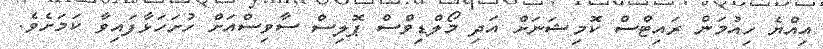
އިއްޔެ ހިއުމަން ރައިޓްސް ކޮމިޝަނަށް އަދި މޯލްޑިވްސް ޕޮލިސް ސާވިސްއަށް ހުށަހަޅާފައިވާ ކަމަށެވެ.